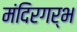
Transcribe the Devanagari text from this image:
मंदिरगर्भ